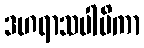
ဒဟရာသပါပိကာ